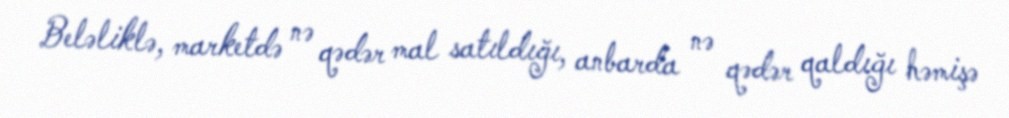
Beləliklə, marketdə nə qədər mal satıldığı, anbarda nə qədər qaldığı həmişə